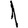
Digit: 1